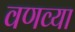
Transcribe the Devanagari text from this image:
वणव्या